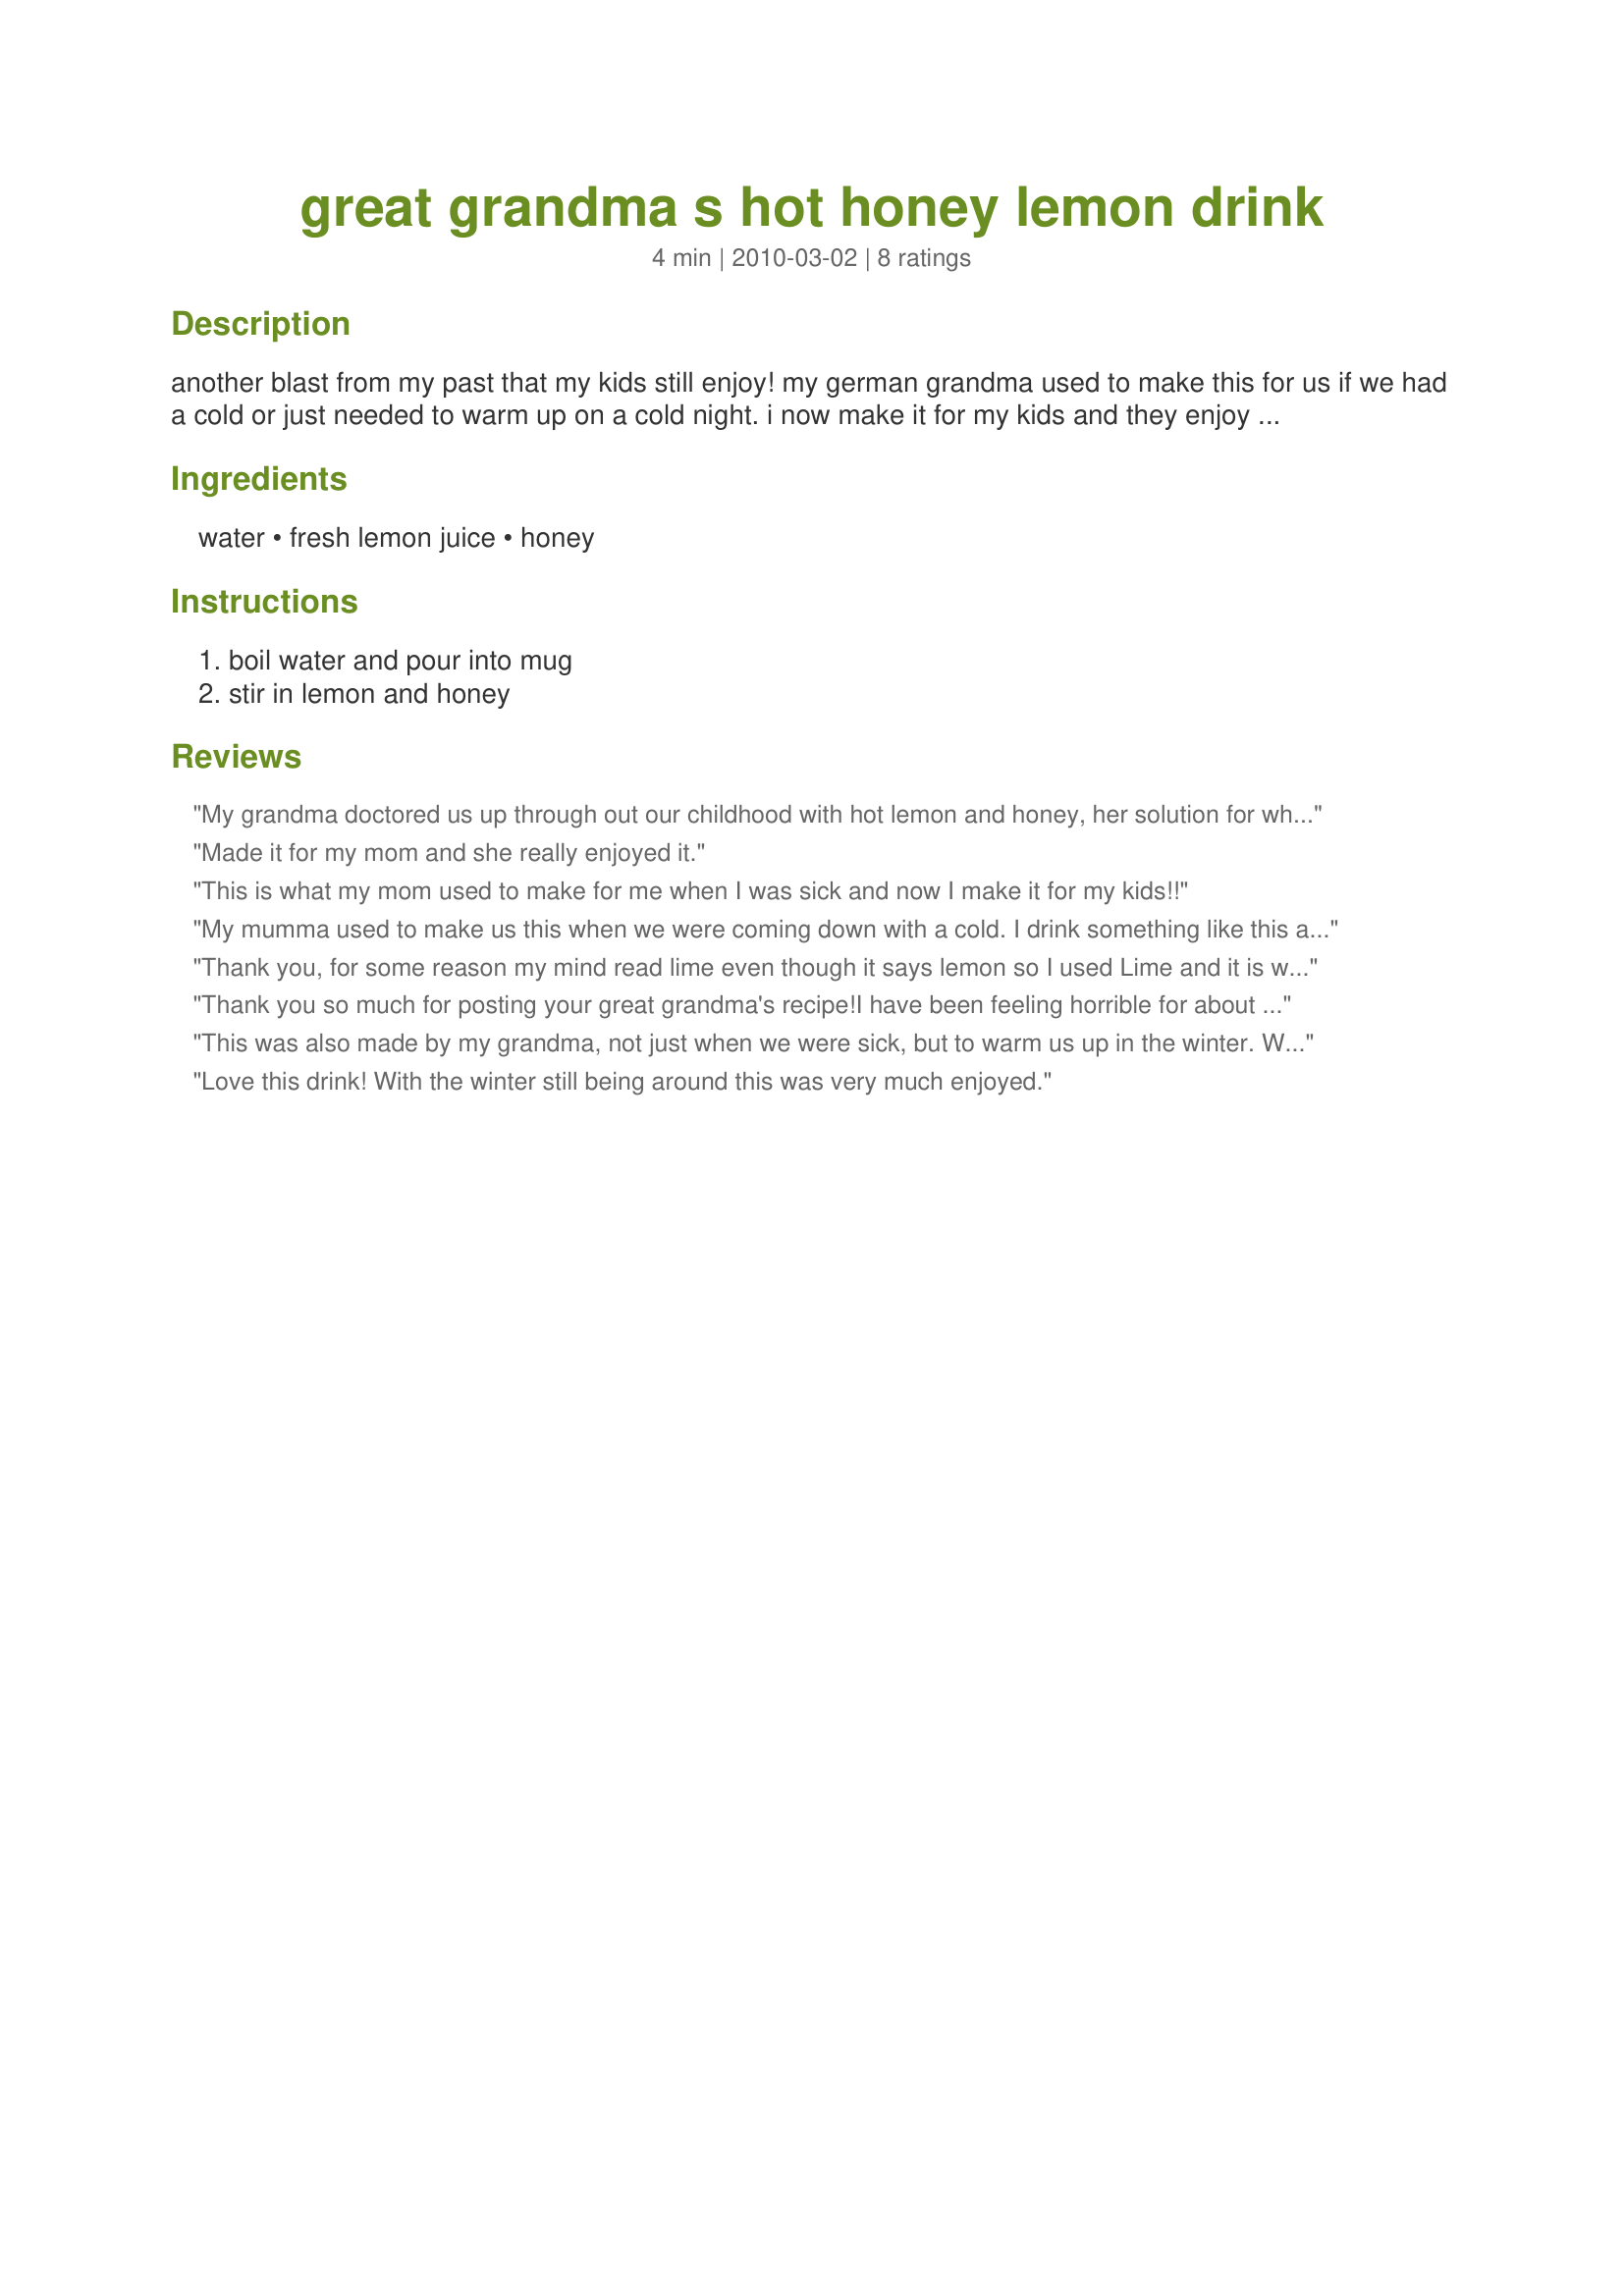
great grandma s hot honey lemon drink
Preparation time: 4 minutes

another blast from my past that my kids still enjoy! my german grandma used to make this for us if we had a cold or just needed to warm up on a cold night. i now make it for my kids and they enjoy it a lot. please note that children under 1 year are not supposed to have honey. enjoy!

Ingredients:
water, fresh lemon juice, honey

Steps:
boil water and pour into mug, stir in lemon and honey

Reviews:
My grandma doctored us up through out our childhood with hot lemon and honey, her solution for whatever ailed you. I guess it must have worked for her, she lived till 91. Just had my son to the dr for a sore throat today and I said I have tried to get him to drink hot lemon and honey...the dr told him it was the best thing for him so now he will believe me when I say that its good for you.
Made it for my mom and she really enjoyed it.
This is what my mom used to make for me when I was sick and now I make it for my kids!!
My mumma used to make us this when we were coming down with a cold. I drink something like this all the time after recipe#422807 in the morning. It's a good detox for your liver. I used freshly squeezed lemon juice (always) and organic unpasteurized honey (sadly not the same as raw as it is still heated to filter) when at all possible I use raw local honey for it helps against allergies and is healthy because it has not being heated.
Thank you, for some reason my mind read lime even though it says lemon so I used Lime and it is wonderful! I am sure lemon is just as good. I wanted to start drinking or eating honey every day. I am not a big tea drinker, I don't mind it but not everyday, plus I don't want to darken my teeth. I heard if you eat honey local to your area everyday you can become immune to certain pollens which will help reduce allergies! I wanted to try this approach to prevent taking medicine the rest of my life. I hope it works! Thanks!
Thank you so much for posting your great grandma's recipe!<br/>I have been feeling horrible for about 4 days now,with a terrible sore throat and chest congestion&dry hacking cough.I was craving something hot to drink but was getting tired of tea(it's probably dehydrating me, a bit as well)I Was so grateful to find this recipe, it really soothes a sore throat and chest.The taste is wonderful too:)I know I will be drinking this as an alternative to tea even when I'm not sick.A million thank you's from my sick and tired body. Nif your great Granny was one smart lady;)
This was also made by my grandma, not just when we were sick, but to warm us up in the winter. When I got older she told me she would put a shot of whiskey in hers when she had a cold. To quote her: "It doesn't make the cold any better, but after a couple of them, you don't give a damn!" And she lived until 95, so it must have been okay! I made mine today just to warm up as it turned chilly here.
Love this drink! With the winter still being around this was very much enjoyed.
